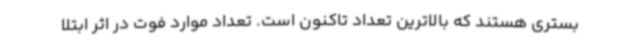
بستری هستند که بالاترین تعداد تاکنون است. تعداد موارد فوت در اثر ابتلا